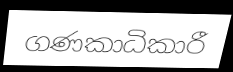
ගණකාධිකාරී